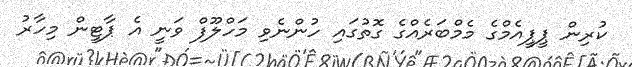
ކުރިން ޕީޕީއެމްގެ މެމްބަރެއްގެ ގޮތުގައި ހުންނެވި މަހްލޫފް ވަނީ އެ ޕާޓީން މިހާރު